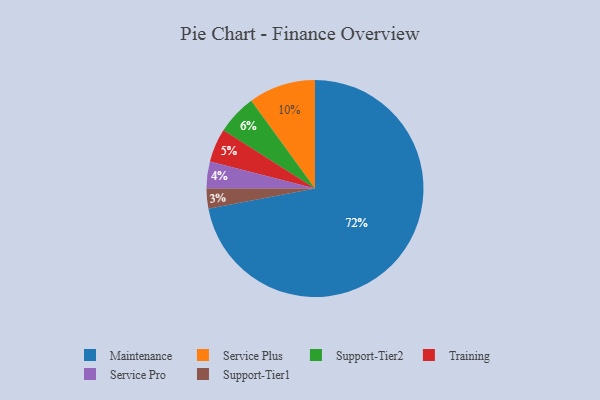
{"axis": {"x": "Category", "y": "Percentage"}, "legend": ["Maintenance", "Service Plus", "Service Pro", "Support-Tier1", "Support-Tier2", "Training"], "data": [{"x": "Service Plus", "y": 10, "type": "Service Plus"}, {"x": "Service Pro", "y": 4, "type": "Service Pro"}, {"x": "Training", "y": 5, "type": "Training"}, {"x": "Support-Tier2", "y": 6, "type": "Support-Tier2"}, {"x": "Support-Tier1", "y": 3, "type": "Support-Tier1"}, {"x": "Maintenance", "y": 72, "type": "Maintenance"}]}